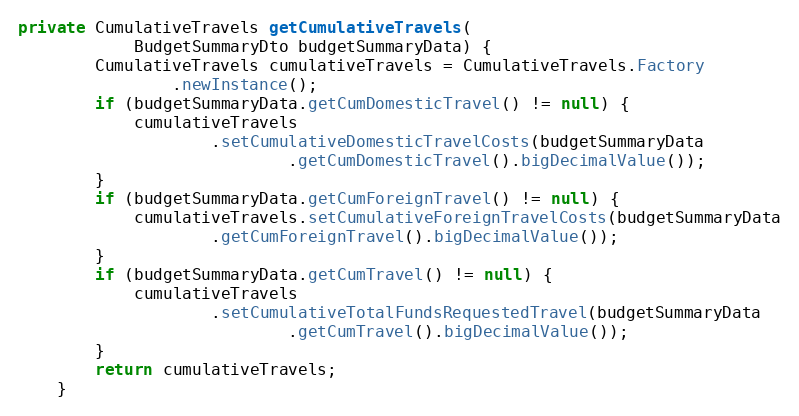
Language: Java
private CumulativeTravels getCumulativeTravels(
			BudgetSummaryDto budgetSummaryData) {
		CumulativeTravels cumulativeTravels = CumulativeTravels.Factory
				.newInstance();
		if (budgetSummaryData.getCumDomesticTravel() != null) {
			cumulativeTravels
					.setCumulativeDomesticTravelCosts(budgetSummaryData
							.getCumDomesticTravel().bigDecimalValue());
		}
		if (budgetSummaryData.getCumForeignTravel() != null) {
			cumulativeTravels.setCumulativeForeignTravelCosts(budgetSummaryData
					.getCumForeignTravel().bigDecimalValue());
		}
		if (budgetSummaryData.getCumTravel() != null) {
			cumulativeTravels
					.setCumulativeTotalFundsRequestedTravel(budgetSummaryData
							.getCumTravel().bigDecimalValue());
		}
		return cumulativeTravels;
	}